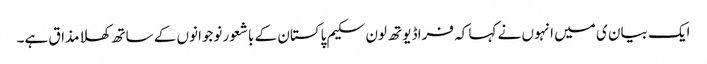
ایک بیان ی میں انہوں نے کہا کہ فراڈ یوتھ لون سکیم پاکستان کے باشعور نوجوانوں کے ساتھ کھلا مذاق ہے۔